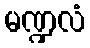
မဏ္ဍလံ